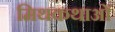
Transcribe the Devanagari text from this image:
मिथकथाओं